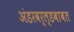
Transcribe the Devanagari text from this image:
अंडरवर्ल्डबाबत